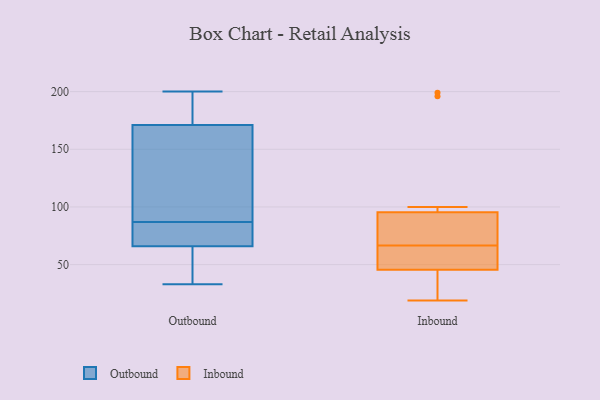
{"axis": {"x": "Budget (USD K)", "y": "Value"}, "legend": ["Inbound", "Outbound"], "data": [{"x": "", "y": 78, "type": "Outbound"}, {"x": "", "y": 74, "type": "Outbound"}, {"x": "", "y": 66, "type": "Outbound"}, {"x": "", "y": 200, "type": "Outbound"}, {"x": "", "y": 37, "type": "Outbound"}, {"x": "", "y": 183, "type": "Outbound"}, {"x": "", "y": 96, "type": "Outbound"}, {"x": "", "y": 182, "type": "Outbound"}, {"x": "", "y": 178, "type": "Outbound"}, {"x": "", "y": 33, "type": "Outbound"}, {"x": "", "y": 61, "type": "Outbound"}, {"x": "", "y": 69, "type": "Outbound"}, {"x": "", "y": 171, "type": "Outbound"}, {"x": "", "y": 119, "type": "Outbound"}, {"x": "", "y": 110, "type": "Outbound"}, {"x": "", "y": 37, "type": "Outbound"}, {"x": "", "y": 66, "type": "Outbound"}, {"x": "", "y": 128, "type": "Outbound"}, {"x": "", "y": 68, "type": "Inbound"}, {"x": "", "y": 199, "type": "Inbound"}, {"x": "", "y": 42, "type": "Inbound"}, {"x": "", "y": 35, "type": "Inbound"}, {"x": "", "y": 49, "type": "Inbound"}, {"x": "", "y": 52, "type": "Inbound"}, {"x": "", "y": 100, "type": "Inbound"}, {"x": "", "y": 91, "type": "Inbound"}, {"x": "", "y": 91, "type": "Inbound"}, {"x": "", "y": 65, "type": "Inbound"}, {"x": "", "y": 196, "type": "Inbound"}, {"x": "", "y": 19, "type": "Inbound"}]}